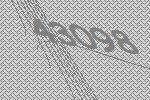
43098